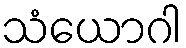
သံယောဂါ